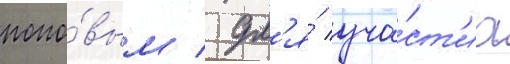
попо́вым / дл'я́ уча́ст'иа